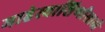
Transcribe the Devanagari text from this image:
माहेरवाशिणीसाठी